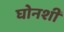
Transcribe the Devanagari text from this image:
घोनशी